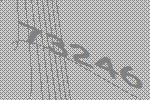
73246